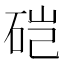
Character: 硙